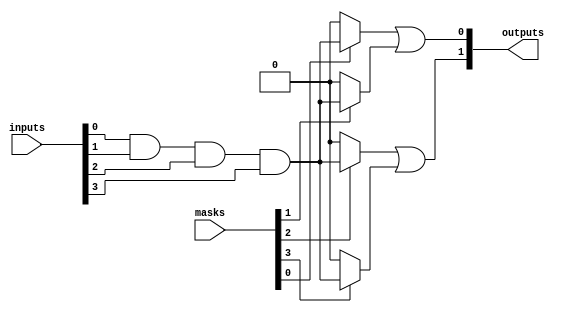
module masked_pal #(
    parameter NUM_INPUTS = 4,           // Number of input lines
    parameter NUM_ANDGATES = 4,         // Number of AND gates
    parameter NUM_ORGATES = 2            // Number of OR gates
)(
    input [NUM_INPUTS-1:0] inputs,      // Input data
    input [NUM_ANDGATES-1:0] masks,     // Masking bits for programmable AND gates
    output [NUM_ORGATES-1:0] outputs     // Output data
);

// Internal signals for AND gate outputs
wire [NUM_ANDGATES-1:0] and_out;

// AND gates implementation
genvar i;
generate
    for (i = 0; i < NUM_ANDGATES; i = i + 1) begin : and_gates
        assign and_out[i] = (masks[i]) ? (inputs[0] && inputs[1] && inputs[2] && inputs[3]) : 1'b0;
    end
endgenerate

// OR gates implementation
assign outputs[0] = and_out[0] || and_out[1]; // Logic for OR Gate 1
assign outputs[1] = and_out[2] || and_out[3]; // Logic for OR Gate 2

endmodule